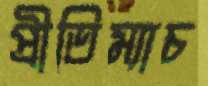
প্রীতিম্যাচ